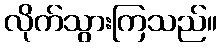
လိုက်သွားကြသည်။